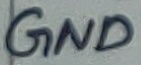
Text: GND